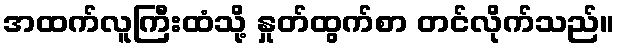
အထက်လူကြီးထံသို့ နှုတ်ထွက်စာ တင်လိုက်သည်။